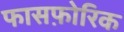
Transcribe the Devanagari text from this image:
फासफ़ोरिक